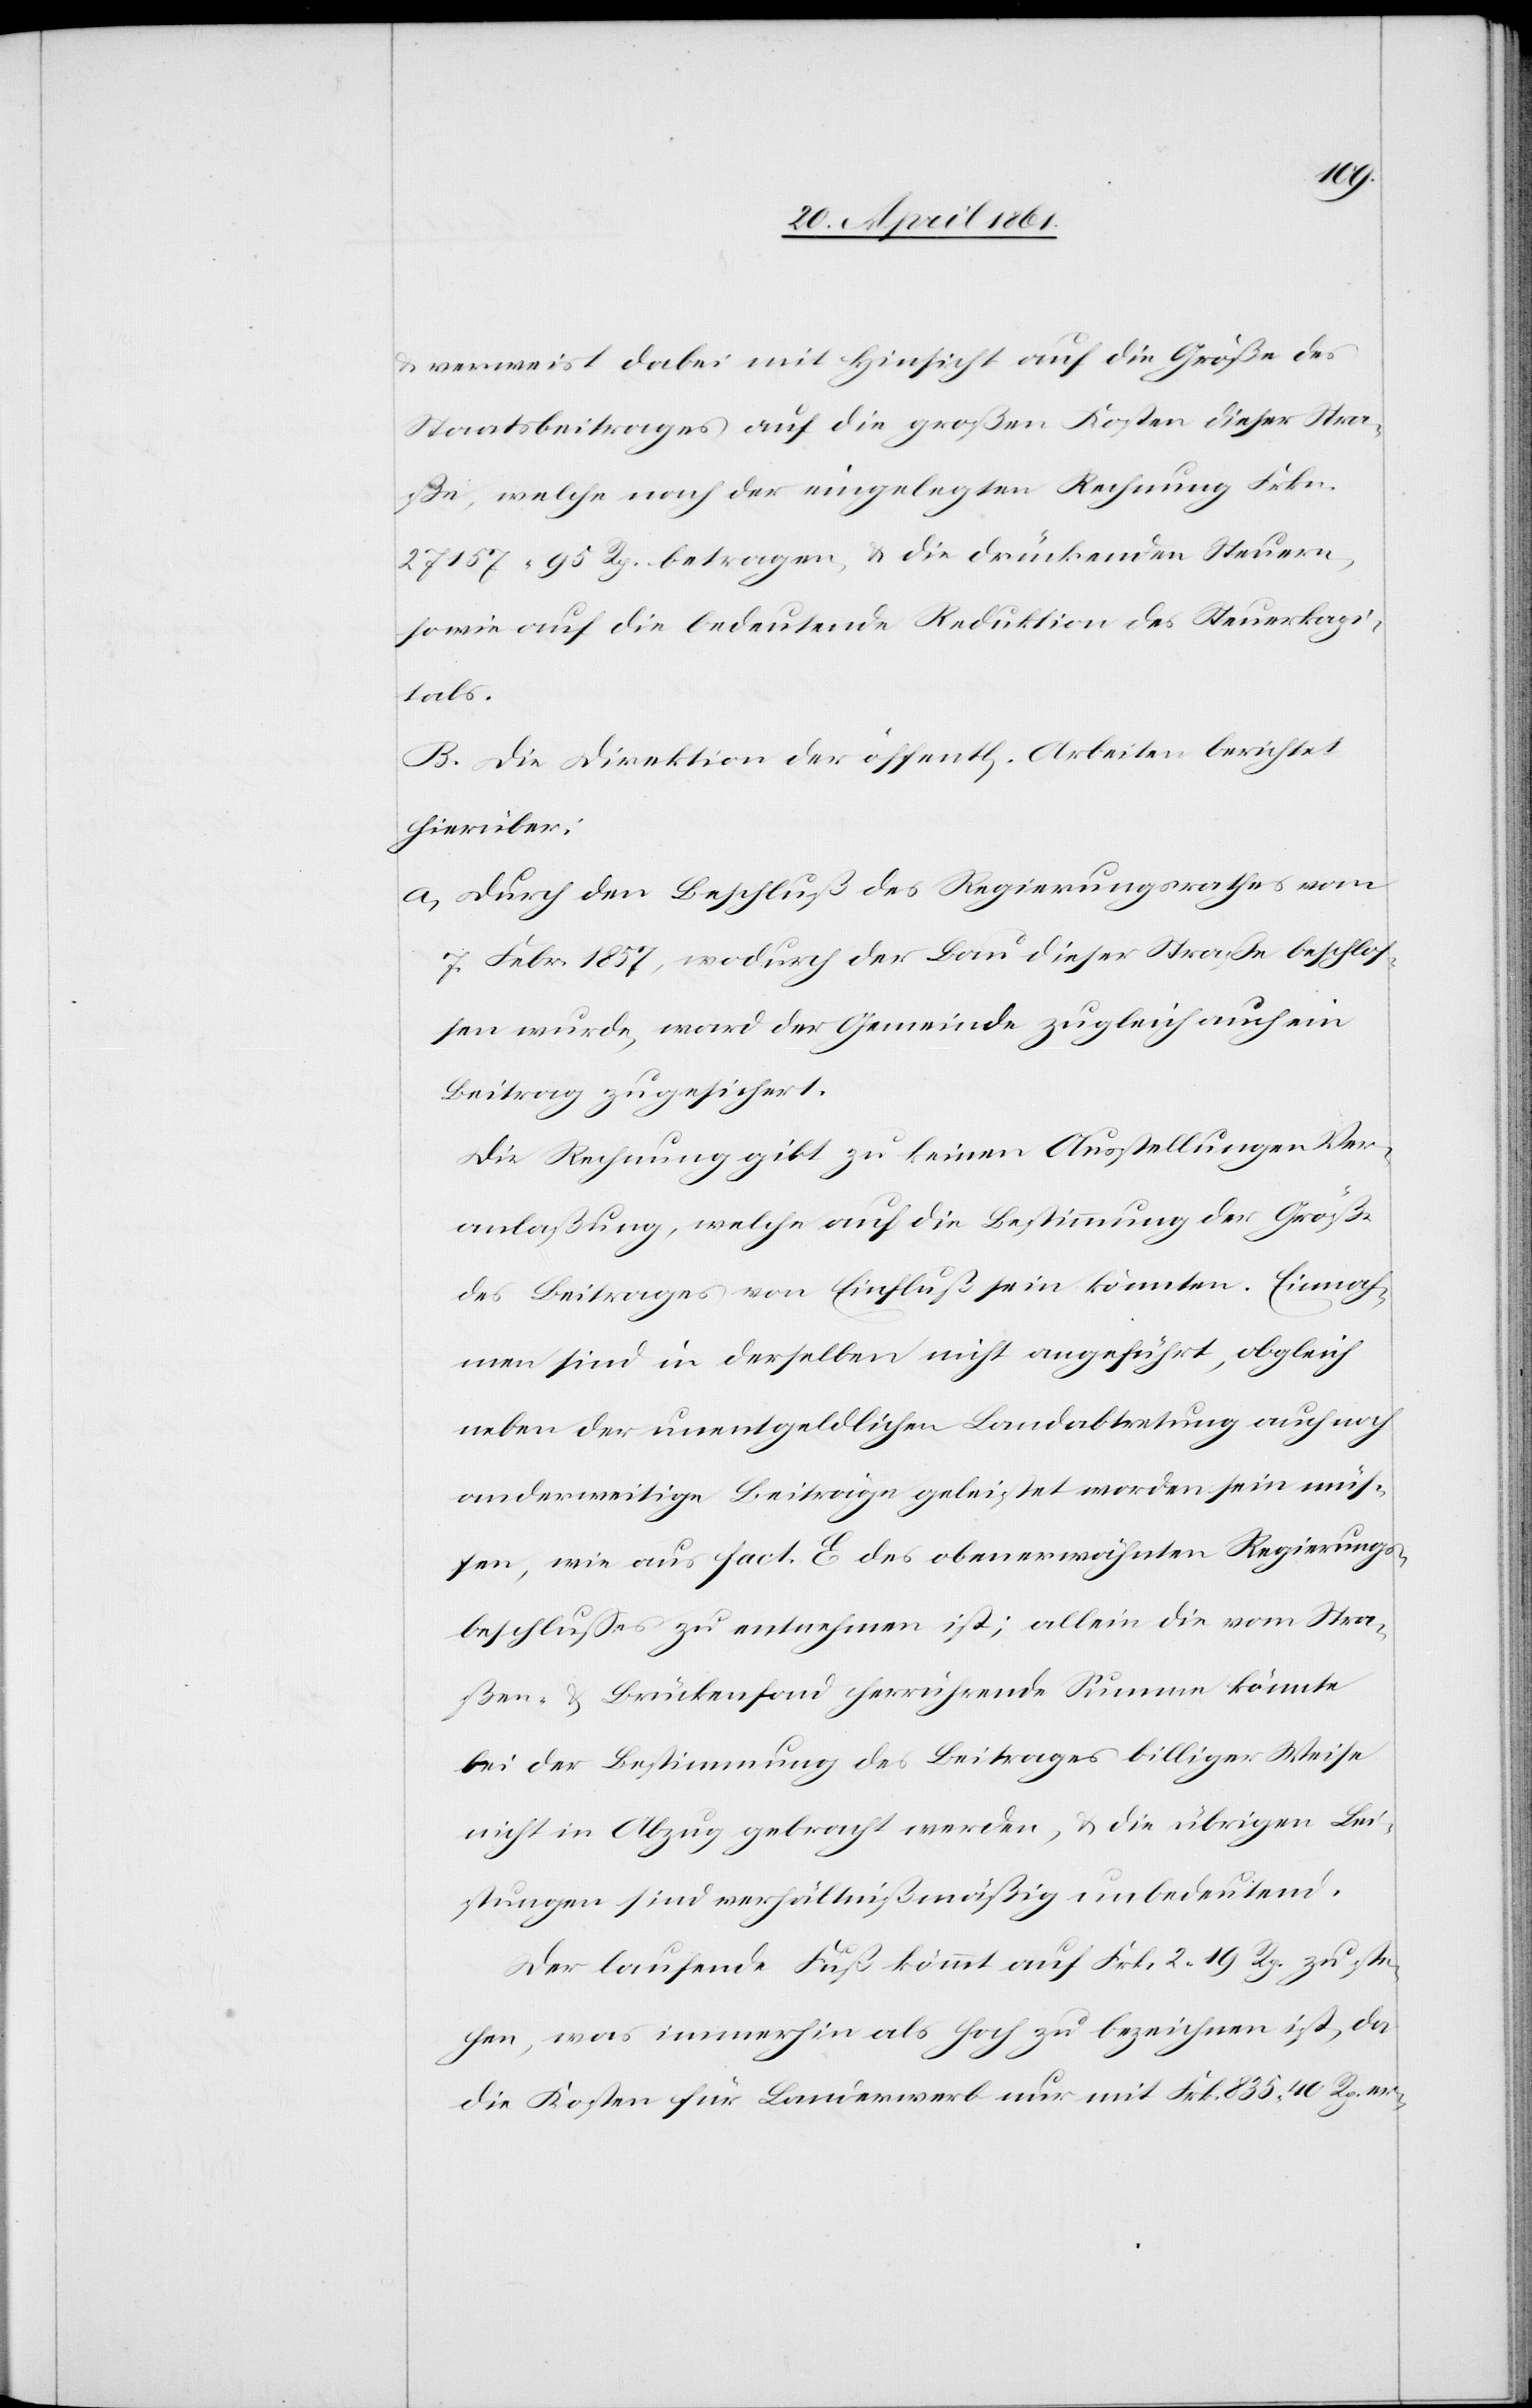
u. verweist dabei mit Hinsicht auf die Größe des
Staatsbeitrages auf die großen Kosten dieser Stra¬
ße, welche nach der eingelegten Rechnung Frkn.
27 157 95 Rp. betragen u. die drückenden Steuern,
sowie auf die bedeutende Reduktion des Steuerkapi¬
tals.
B. Die Direktion der öffentl. Arbeiten berichtet
hierüber:
a. Durch den Beschluß des Regierungsrathes vom
7. Febr. 1857, wodurch der Bau dieser Straße beschlos¬
sen wurde, ward der Gemeinde zugleich auch ein
Beitrag zugesichert.
Die Rechnung gibt zu keinen Ausstellungen Ver¬
anlaßung, welche auf die Bestimmung der Größe
des Beitrages von Einfluß sein könnten. Einnah¬
men sind in derselben nicht angeführt, obgleich
neben der unentgeldlichen Landabtretung auch noch
anderweitige Beiträge geleistet worden sein müs¬
sen, wie aus fact. E des erwähnten Regierungs¬
beschlusses zu entnehmen ist; allein die vom Stra¬
ßen- u. Brückenfond herrührende Summe könnte
bei der Bestimmung des Beitrages billiger Weise
nicht in Abzug gebracht werden, u. die übrigen Lei¬
stungen sind verhältnißmäßig unbedeutend.
Der laufende Fuß kömmt auf Frk. 2. 19 Rp. zu ste¬
hen, was immerhin als hoch zu bezeichnen ist, da
die Kosten für Landerwerb nur mit Frk. 835 40 Fr. er-